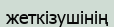
жеткізушінің